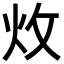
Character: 炇